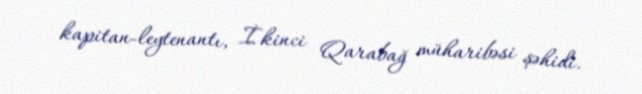
kapitan-leytenantı, İkinci Qarabağ müharibəsi şəhidi.